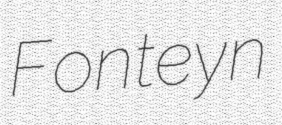
Fonteyn